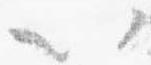
以